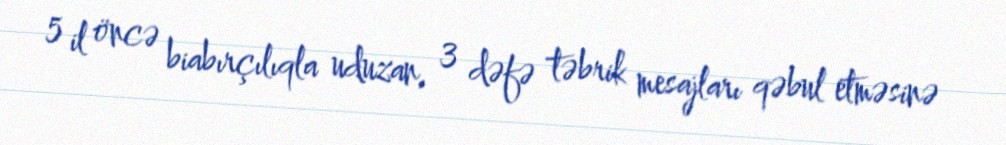
5 il öncə biabırçılıqla uduzan, 3 dəfə təbrik mesajları qəbul etməsinə